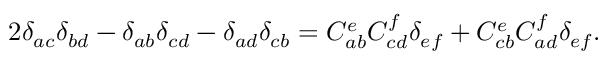
2 \delta _ { a c } \delta _ { b d } - \delta _ { a b } \delta _ { c d } - \delta _ { a d } \delta _ { c b } = C _ { a b } ^ { e } C _ { c d } ^ { f } \delta _ { e f } + C _ { c b } ^ { e } C _ { a d } ^ { f } \delta _ { e f } .